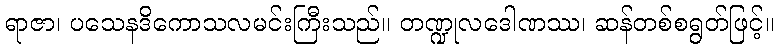
ရာဇာ၊ ပသေနဒိကောသလမင်းကြီးသည်။ တဏ္ဍုလဒေါဏဿ၊ ဆန်တစ်စရွတ်ဖြင့်။